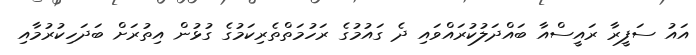
އައު ސަފީރާ ރައީސްއާ ބައްދަލުކުރައްވައި ދެ ގައުމުގެ ރަހުމަތްތެރިކަމުގެ ގުޅުން އިތުރަށް ބަދަހިކުރުމާއި